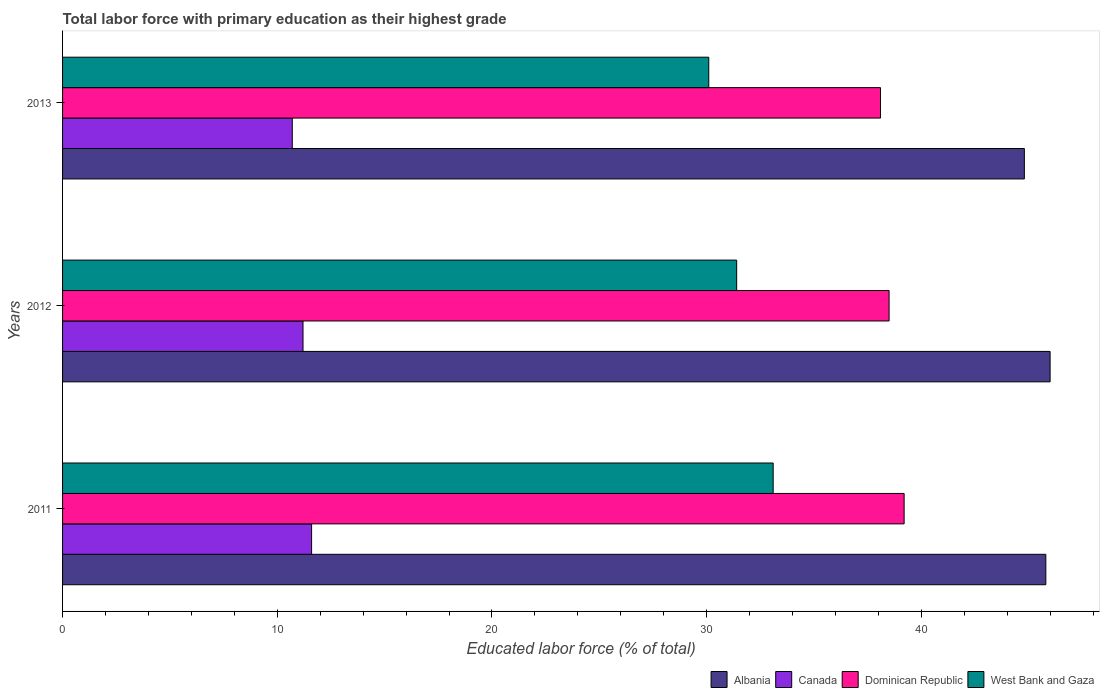
| Years | Albania | Canada | Dominican Republic | West Bank and Gaza |
 | --- | --- | --- | --- | --- |
 | 2011 | 45.8 | 11.6 | 39.2 | 33.1 |
 | 2012 | 46 | 11.2 | 38.5 | 31.4 |
 | 2013 | 44.8 | 10.7 | 38.1 | 30.1 |